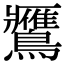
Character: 𪇿